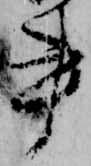
書